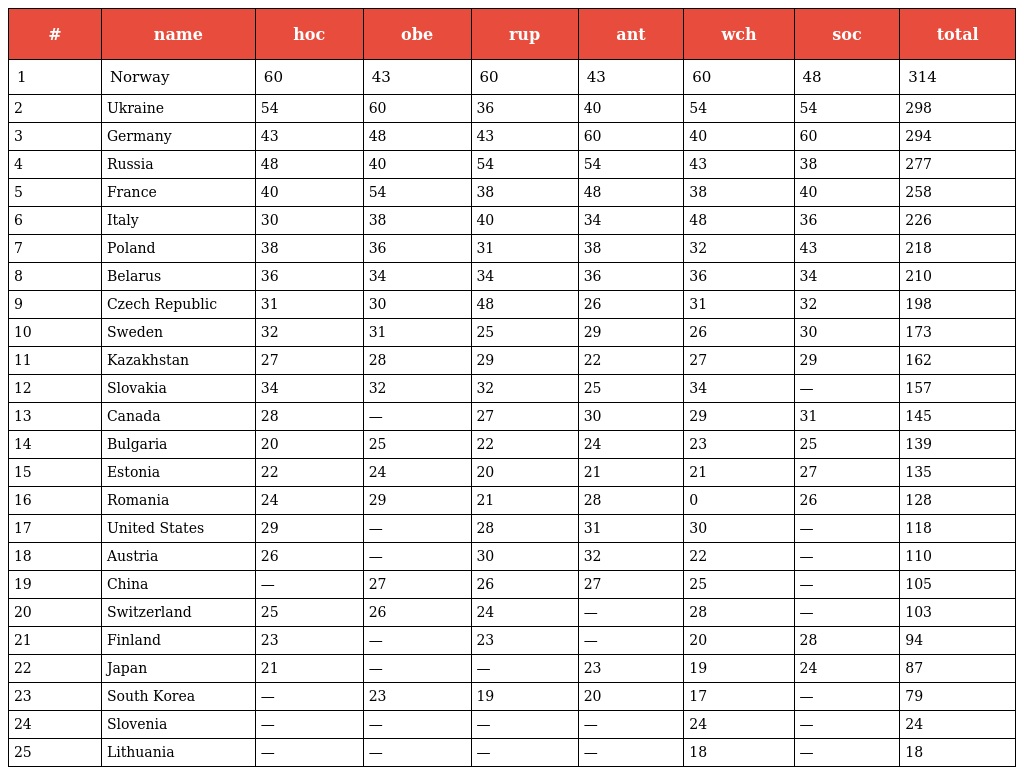
| # | name | hoc | obe | rup | ant | wch | soc | total |
 | --- | --- | --- | --- | --- | --- | --- | --- | --- |
 | 1 | Norway | 60 | 43 | 60 | 43 | 60 | 48 | 314 |
 | 2 | Ukraine | 54 | 60 | 36 | 40 | 54 | 54 | 298 |
 | 3 | Germany | 43 | 48 | 43 | 60 | 40 | 60 | 294 |
 | 4 | Russia | 48 | 40 | 54 | 54 | 43 | 38 | 277 |
 | 5 | France | 40 | 54 | 38 | 48 | 38 | 40 | 258 |
 | 6 | Italy | 30 | 38 | 40 | 34 | 48 | 36 | 226 |
 | 7 | Poland | 38 | 36 | 31 | 38 | 32 | 43 | 218 |
 | 8 | Belarus | 36 | 34 | 34 | 36 | 36 | 34 | 210 |
 | 9 | Czech Republic | 31 | 30 | 48 | 26 | 31 | 32 | 198 |
 | 10 | Sweden | 32 | 31 | 25 | 29 | 26 | 30 | 173 |
 | 11 | Kazakhstan | 27 | 28 | 29 | 22 | 27 | 29 | 162 |
 | 12 | Slovakia | 34 | 32 | 32 | 25 | 34 | — | 157 |
 | 13 | Canada | 28 | — | 27 | 30 | 29 | 31 | 145 |
 | 14 | Bulgaria | 20 | 25 | 22 | 24 | 23 | 25 | 139 |
 | 15 | Estonia | 22 | 24 | 20 | 21 | 21 | 27 | 135 |
 | 16 | Romania | 24 | 29 | 21 | 28 | 0 | 26 | 128 |
 | 17 | United States | 29 | — | 28 | 31 | 30 | — | 118 |
 | 18 | Austria | 26 | — | 30 | 32 | 22 | — | 110 |
 | 19 | China | — | 27 | 26 | 27 | 25 | — | 105 |
 | 20 | Switzerland | 25 | 26 | 24 | — | 28 | — | 103 |
 | 21 | Finland | 23 | — | 23 | — | 20 | 28 | 94 |
 | 22 | Japan | 21 | — | — | 23 | 19 | 24 | 87 |
 | 23 | South Korea | — | 23 | 19 | 20 | 17 | — | 79 |
 | 24 | Slovenia | — | — | — | — | 24 | — | 24 |
 | 25 | Lithuania | — | — | — | — | 18 | — | 18 |